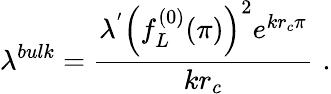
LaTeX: \lambda^{bulk}=\frac{\lambda^{'}\left(f_{L}^{(0)}(\pi)\right)^{2}e^{kr_{c}\pi}}{kr_{c}}\, \, .